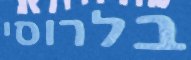
בלרוסי